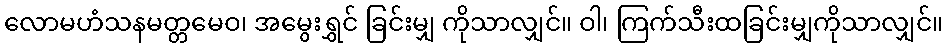
လောမဟံသနမတ္တမေဝ၊ အမွေးရွှင် ခြင်းမျှ ကိုသာလျှင်။ ဝါ၊ ကြက်သီးထခြင်းမျှကိုသာလျှင်။